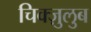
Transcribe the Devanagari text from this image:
चिक्ज़ुलुब